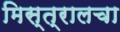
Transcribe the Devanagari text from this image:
मिस्त्रालचा